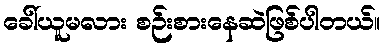
ခေါ်ယူမလား စဉ်းစားနေဆဲဖြစ်ပါတယ်။